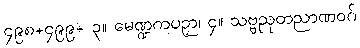
၄၉၈+၄၉၉+ ၃။ မေဏ္ဍကပဉှာ၊ ၄။ သဗ္ဗညုတညာဏဝဂ်